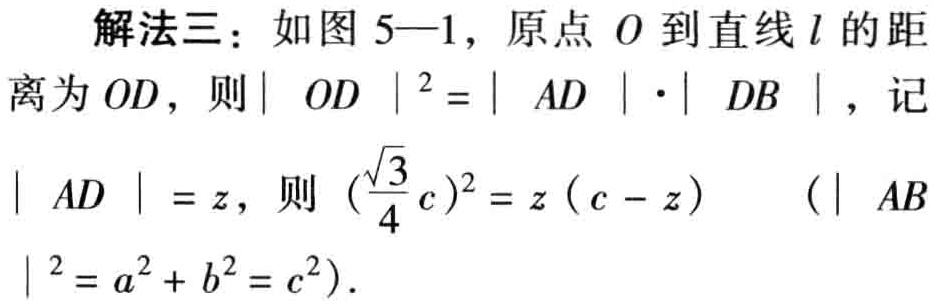
解法三：如图 5—1，原点 \(O\) 到直线 \(l\) 的距离为 \(OD\)，则 \(|OD|^{2}=|AD|\cdot|DB|\)，记 \(|AD| = z\)，则 \((\frac{\sqrt{3}}{4}c)^{2}=z(c - z)\)  \((|AB|^{2}=a^{2}+b^{2}=c^{2})\).